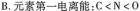
B.元素第一电离能：C<N<O